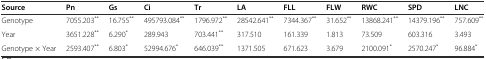
| Source | Pn | Gs | Ci | Tr | LA | FLL | FLW | RWC | SPD | LNC |
 | --- | --- | --- | --- | --- | --- | --- | --- | --- | --- | --- |
 | Genotype | 7055.203** | 16.755** | 495793.084** | 1796.972** | 28542.641** | 7344.367** | 31.652** | 13868.241** | 14379.196** | 757.609** |
 | Year | 3651.228** | 6.290* | 289.943 | 703.441** | 317.510 | 161.339 | 1.813 | 73.509 | 603.316 | 3.493 |
 | Genotype × Year | 2593.407** | 6.803* | 52994.676* | 646.039** | 1371.505 | 671.623 | 3.679 | 2100.091* | 2570.247* | 96.884* |